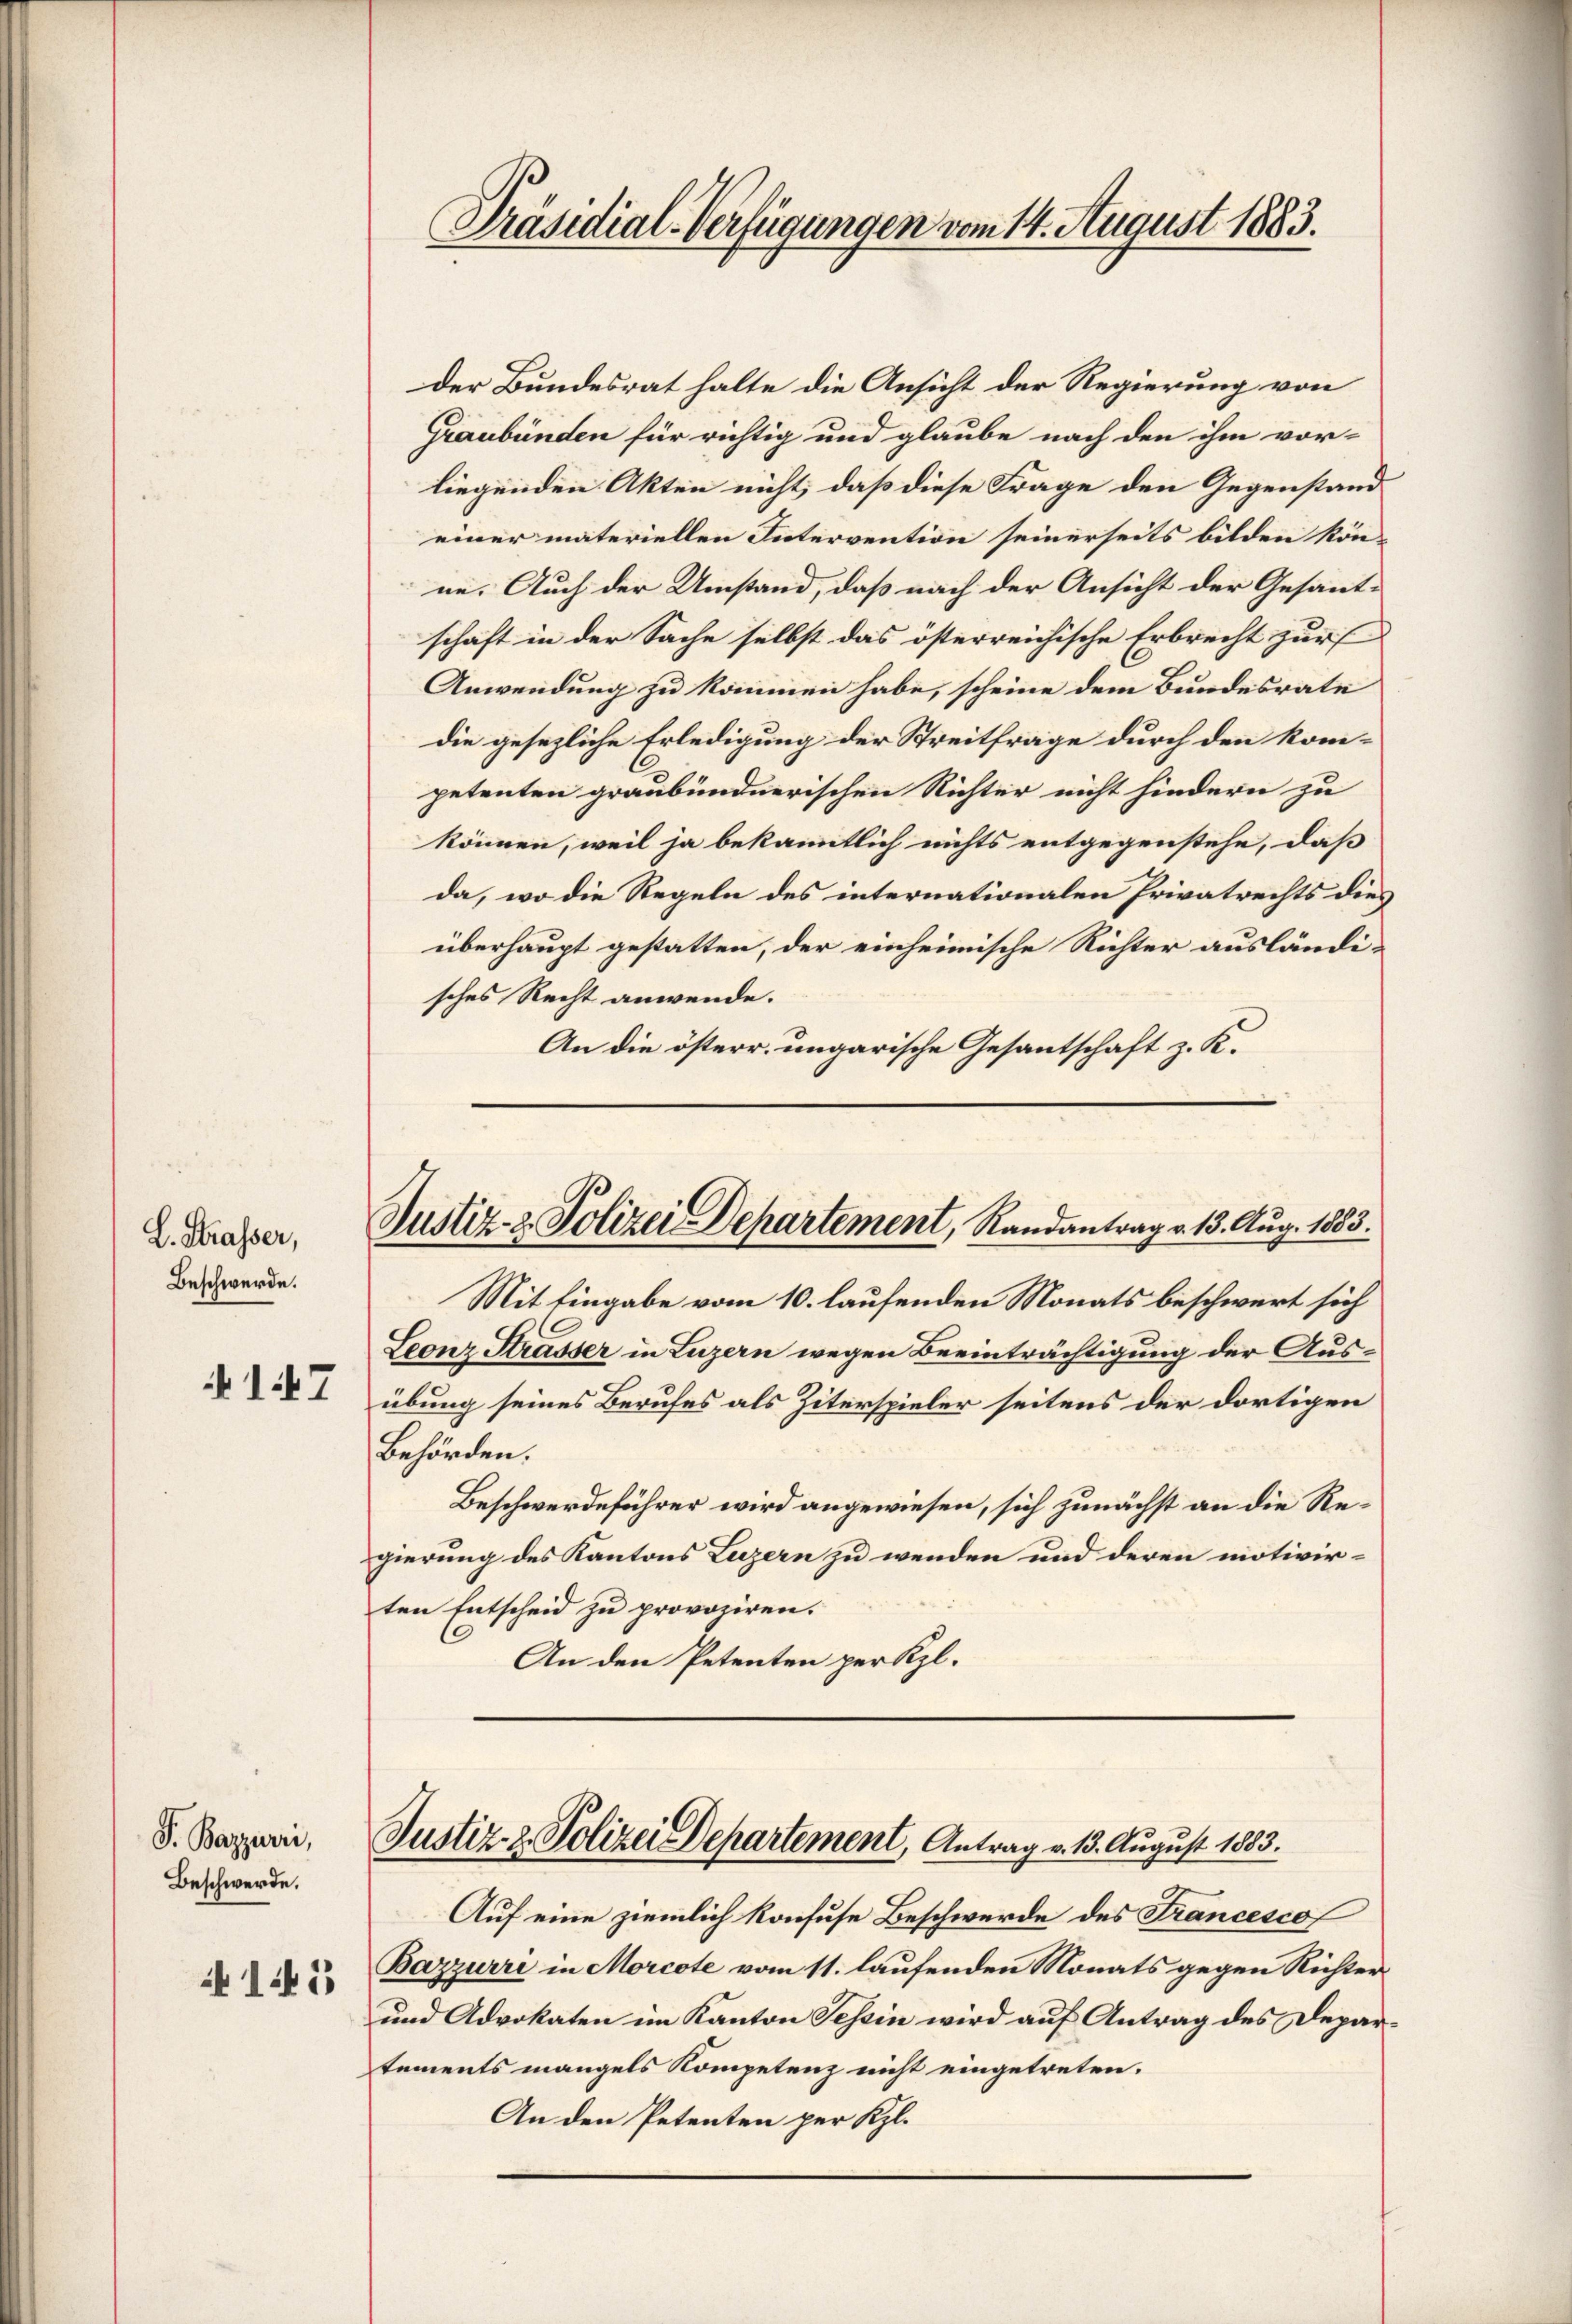
L. Strasser,
Beschwerde.

17

P. Bazzurri,
Beschwerde.

145

Präsidial-Verfügungen vom 14. August 1883.

der Bundesrat halte die Ansicht der Regierung von
Graubünden für richtig und glaube nach den ihm vor-
liegenden Akten nicht, daß diese Frage den Gegenstand
einer materiellen Intervention seinerseits bilden kön-
ne. Auch der Umstand, daß nach der Ansicht der Gesant-
schaft in der Sache selbst das österreichische Erbrecht zur
Anwendung zu kommen habe, scheine dem Bundesrate
die gesezliche Erledigung der Streitfrage durch den kompetenten graubündnerischen Richter nicht hindern zu
können, weil ja bekanntlich nichts entgegenstehe, daß
da, wo die Regeln des internationalen Privatrechts dies
überhaupt gestatten, der einheimische Richter ausländisches Recht anwende.
An die österr. ungarische Gesantschaft z. K.

Justiz- & Polizei Departement, Randantrag v. 13. Aug. 1883.

Mit Eingabe vom 10. laufenden Monats beschwert sich
Leonz Strasser in Luzern wegen Beeinträchtigung der Ausübung seines Berufes als Ziterspieler seitens der dortigen
Behörden.
Beschwerdeführer wird angewiesen, sich zunächst an die Regierung des Kantons Luzern zu wenden und deren motivir-
ten Entscheid zu provoziren.
An den Petenten per Kl.

Justiz- & Polizei Departement, Antrag v. 13. August 1883.

Auf eine ziemlich konfuse Beschwerde des Francesco
Bazzurri in Morcote vom 11. laufenden Monats gegen Richter
und Advokaten im Kanton Tessin wird auf Antrag des Departements mangels Kompetenz nicht eingetreten.
An den Petenten per Kl.